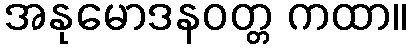
အနုမောဒနဝတ္တ ကထာ။